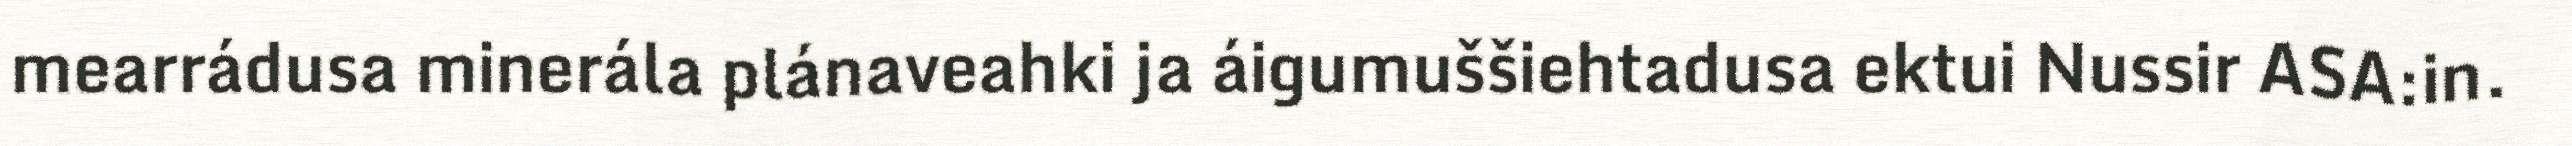
mearrádusa minerála plánaveahki ja áigumuššiehtadusa ektui Nussir ASA:in.